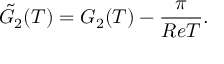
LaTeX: { \tilde { G } _ { 2 } ( T ) } = G _ { 2 } ( T ) - \frac { \pi } { R e T } .